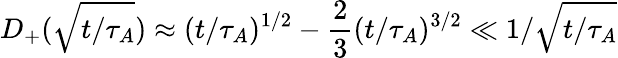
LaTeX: D_{+}(\sqrt{t/\tau_{A}})\approx(t/\tau_{A})^{1/2}-\frac{2}{3}(t/\tau_{A})^{3/2}\ll 1/\sqrt{t/\tau_{A}}